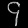
Digit: ၄